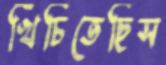
খিঁচিতেছিস